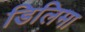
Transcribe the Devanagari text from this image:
डिलिमा